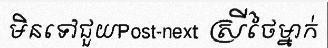
មិនទៅជួយPost-next ស្រីថៃម្នាក់